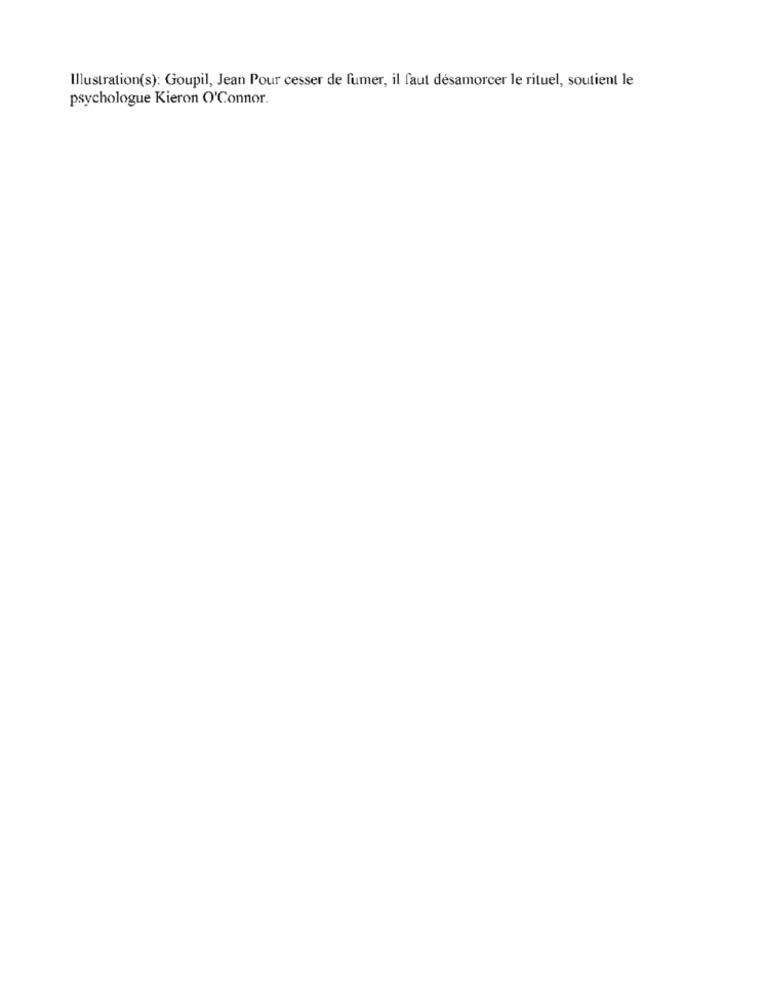
Illustration(s): Goupil, Jean Pour cesser de fumer, il faut désamorcer le rituel, soutient le
psychologue Kieron O'Connor.